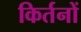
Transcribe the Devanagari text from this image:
किर्तनों